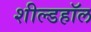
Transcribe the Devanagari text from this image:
शील्डहॉल